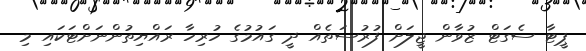
ޕީޓާ ސެގަޓް ޒުވާން ޖީލަށް ފުރުސަތެއް ދީ ގައުމުގެ ހުރިހާ ރައްޔިތުންނަށްޓަކައި މި